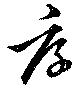
厚